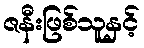
ဇနီးဖြစ်သူနှင့်